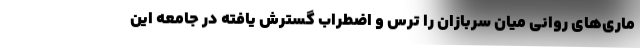
ماری‌های روانی میان سربازان را ترس و اضطراب گسترش یافته در جامعه این